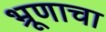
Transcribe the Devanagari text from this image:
भ्रूणाचा